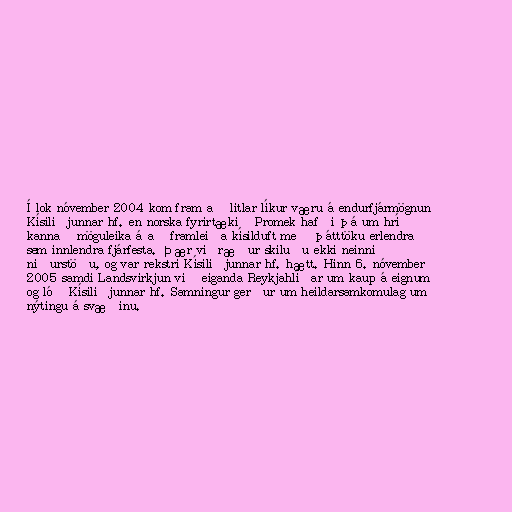
Í lok nóvember 2004 kom fram að litlar líkur væru á endurfjármögnun
Kísiliðjunnar hf. en norska fyrirtækið Promek hafði þá um hríð
kannað möguleika á að framleiða kísilduft með þátttöku erlendra
sem innlendra fjárfesta. Þær viðræður skiluðu ekki neinni
niðurstöðu, og var rekstri Kísiliðjunnar hf. hætt. Hinn 6. nóvember
2005 samdi Landsvirkjun við eiganda Reykjahlíðar um kaup á eignum
og lóð Kísiliðjunnar hf. Samningur gerður um heildarsamkomulag um
nýtingu á svæðinu.